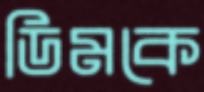
ডিমকে